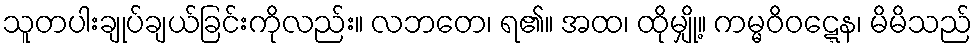
သူတပါးချုပ်ချယ်ခြင်းကိုလည်း။ လဘတေ၊ ရ၏။ အထ၊ ထိုမျှို့။ ကမ္မဝိဝဋ္ဋေန၊ မိမိသည်